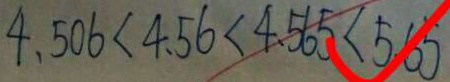
4 . 5 0 6 < 4 . 5 6 < 4 . 5 6 5 < 5 . 6 5